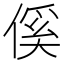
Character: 傒